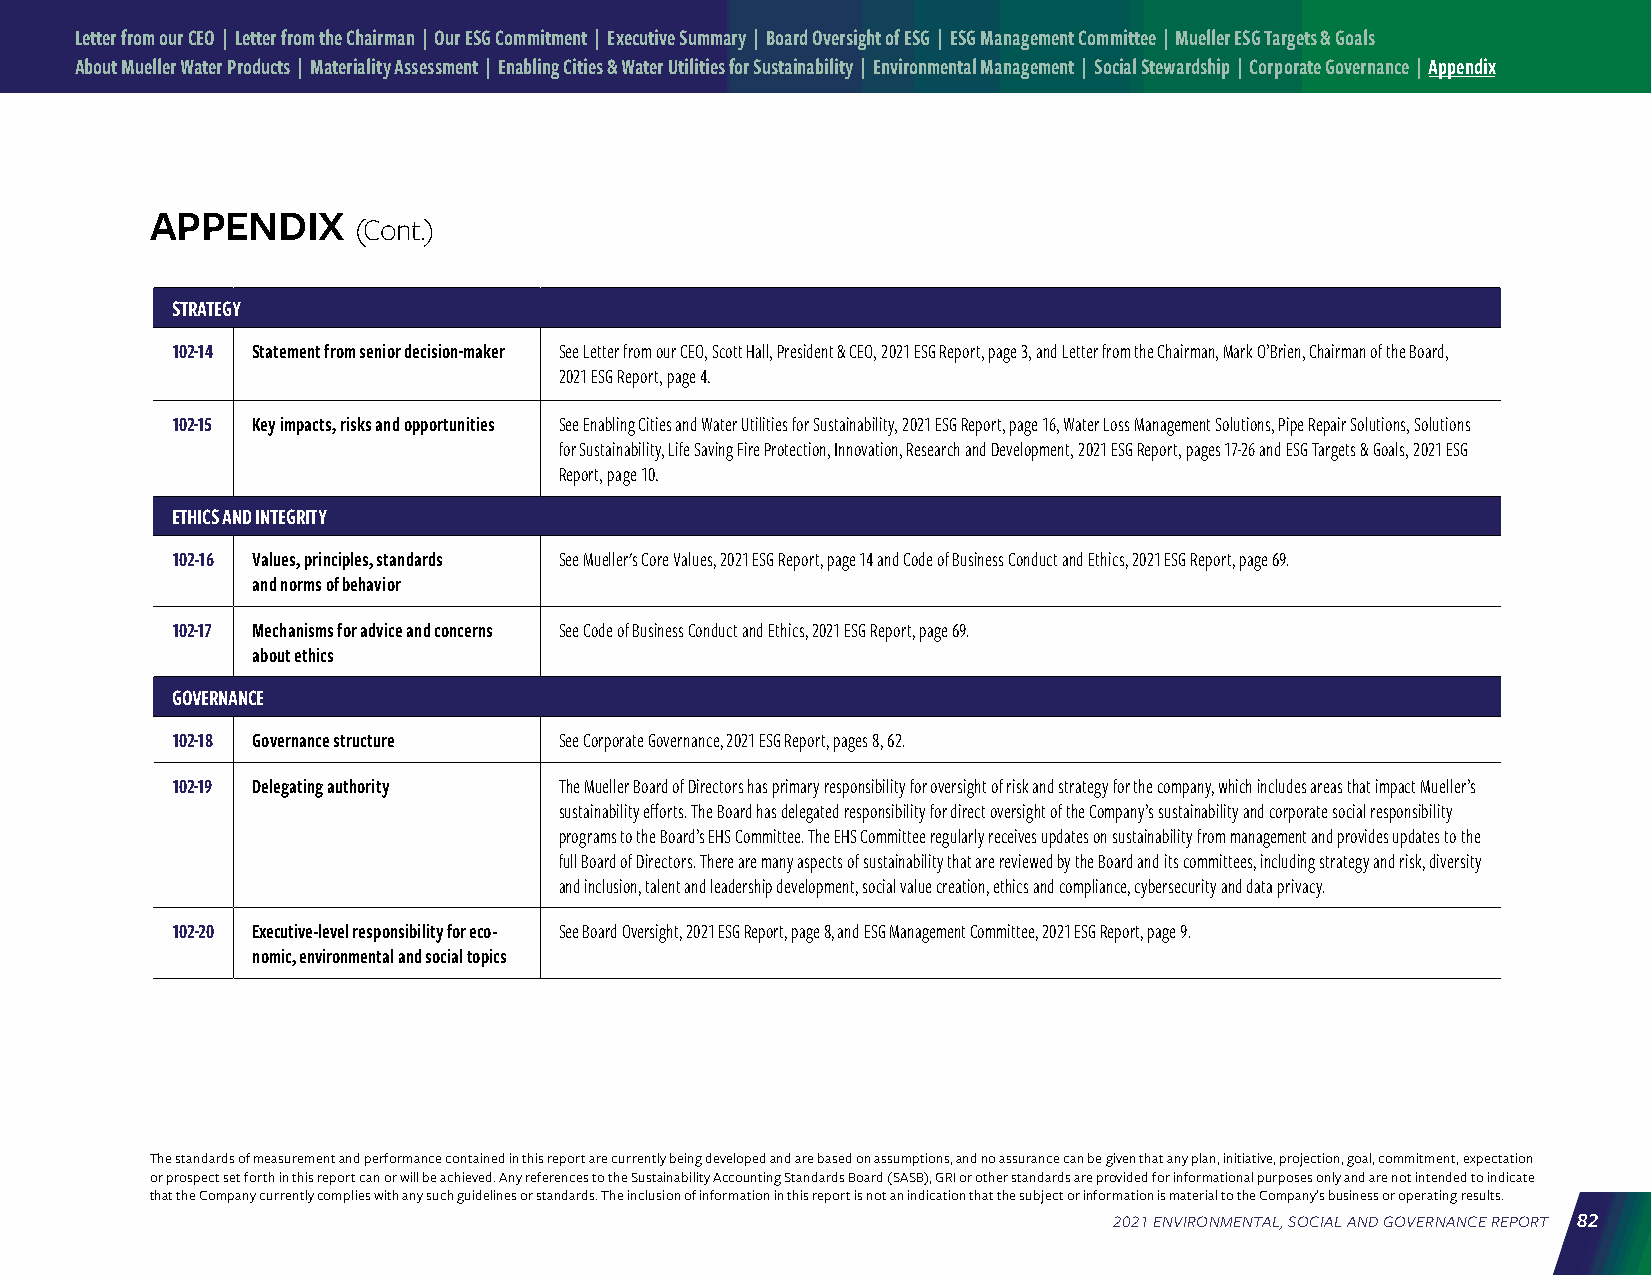
Letter from our CEO | Letter from the Chairman | Our ESG Commitment | Executive Summary | Board Oversight of ESG | ESG Management Committee | Mueller ESG Targets & Goals
 About Mueller Water Products | Materiality Assessment | Enabling Cities & Water Utilities for Sustainability | Environmental Management | Social Stewardship | Corporate Governance | Appendix
 APPENDIX
 (Cont.)
 STRATEGY
 102-14 Statement from senior decision-maker See Letter from our CEO, Scott Hall, President & CEO, 2021 ESG Report, page 3, and Letter from the Chairman, Mark O’Brien, Chairman of the Board,
 2021 ESG Report, page 4.
 102-15 Key impacts, risks and opportunities See Enabling Cities and Water Utilities for Sustainability, 2021 ESG Report, page 16, Water Loss Management Solutions, Pipe Repair Solutions, Solutions
 for Sustainability, Life Saving Fire Protection, Innovation, Research and Development, 2021 ESG Report, pages 17-26 and ESG Targets & Goals, 2021 ESG
 Report, page 10.
 ETHICS AND INTEGRITY
 102-16 Values, principles, standards See Mueller's Core Values, 2021 ESG Report, page 14 and Code of Business Conduct and Ethics, 2021 ESG Report, page 69.
 and norms of behavior
 102-17 Mechanisms for advice and concerns See Code of Business Conduct and Ethics, 2021 ESG Report, page 69.
 about ethics
 GOVERNANCE
 102-18 Governance structure See Corporate Governance, 2021 ESG Report, pages 8, 62.
 102-19 Delegating authority The Mueller Board of Directors has primary responsibility for oversight of risk and strategy for the company, which includes areas that impact Mueller’s
 sustainability efforts. The Board has delegated responsibility for direct oversight of the Company’s sustainability and corporate social responsibility
 programs to the Board’s EHS Committee. The EHS Committee regularly receives updates on sustainability from management and provides updates to the
 full Board of Directors. There are many aspects of sustainability that are reviewed by the Board and its committees, including strategy and risk, diversity
 and inclusion, talent and leadership development, social value creation, ethics and compliance, cybersecurity and data privacy.
 102-20 Executive-level responsibility for eco- See Board Oversight, 2021 ESG Report, page 8, and ESG Management Committee, 2021 ESG Report, page 9.
 nomic, environmental and social topics
 The standards of measurement and performance contained in this report are currently being developed and are based on assumptions, and no assurance can be given that any plan, initiative, projection, goal, commitment, expectation
 or prospect set forth in this report can or will be achieved. Any references to the Sustainability Accounting Standards Board (SASB), GRI or other standards are provided for informational purposes only and are not intended to indicate
 that the Company currently complies with any such guidelines or standards. The inclusion of information in this report is not an indication that the subject or information is material to the Company’s business or operating results.
 2021 ENVIRONMENTAL, SOCIAL AND GOVERNANCE REPORT 82